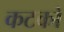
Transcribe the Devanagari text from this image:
कटको